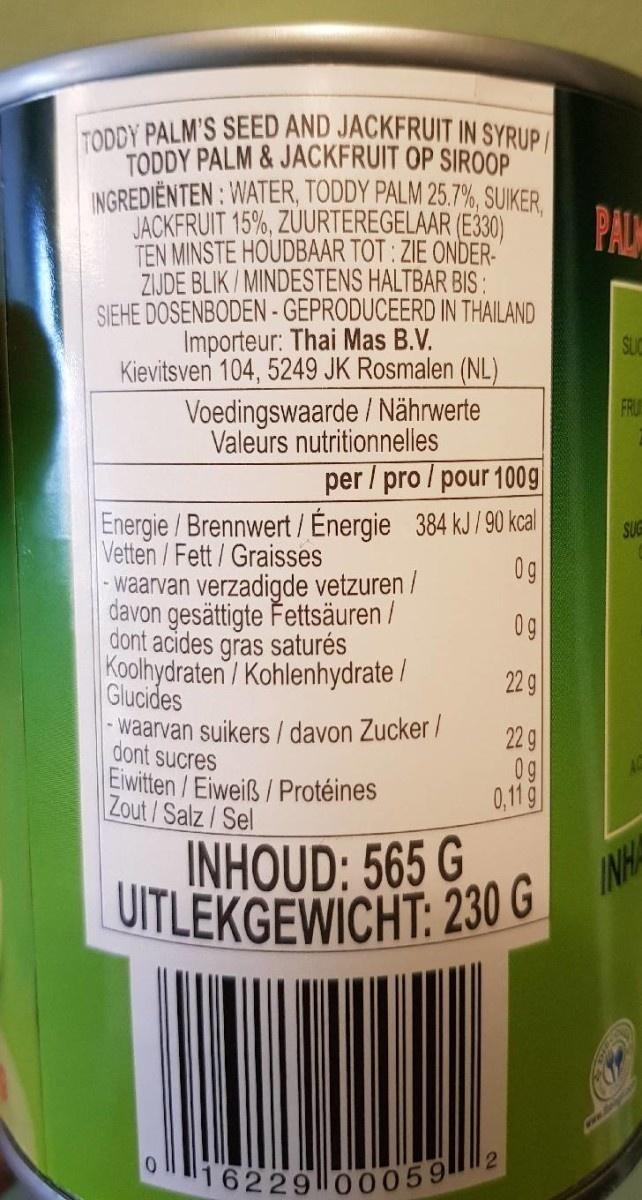
16229 000592
TODDY PALM'S SEED AND JACKFRUIT IN SYRUP/
TODDY PALM&JACKFRUIT OP SIROOP INGREDIËNTEN : WATER, TODDY PALM 25.7%, SUIKER. JACKFRUIT 15%, ZUURTEREGELAAR (E330) TEN MINSTE HOUDBAAR TOT : ZIE ONDER- ZIJDE BLIK / MINDESTENS HALTBAR BIS : SIEHE DOSENBODEN -GEPRODUCEERD IN THAILAND Importeur: Thai Mas B.V. Kievitsven 104, 5249 JK Rosmalen (NL)
PALM
Voedingswaarde / Nährwerte Valeurs nutritionnelles
FR
per / pro / pour 1009g
Energie / Brennwert / Énergie 384 kJ/90 kcal Vetten /Fett/Graisses - waarvan verzadigde vetzuren / davon gesättigte Fettsäuren / dont acides gras saturés Koolhydraten/ Kohlenhydrate / Glucides waarvan suikers / davon Zucker / dont sucres Eiwitten/Eiweiß / Protéines Zout/Salz/Sel
SUG
0g
0g
22 g
22 g 0g 0,11 g
INHOUD: 565 G
INHA
UITLEKGEWICHT: 230 G